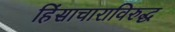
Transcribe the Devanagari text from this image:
हिंसाचाराविरुद्ध